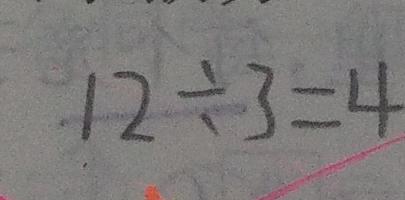
1 2 \div 3 = 4